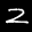
Label: 2